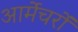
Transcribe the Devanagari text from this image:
आर्मेचरों